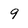
Character: 9